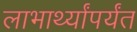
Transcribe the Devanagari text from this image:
लाभार्थ्यांपर्यंत